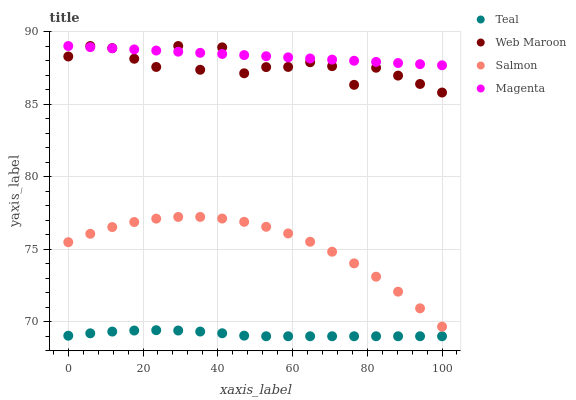
| xaxis_label | Teal | Web Maroon | Salmon | Magenta |
 | --- | --- | --- | --- | --- |
 | 0 | 69 | 88.3 | 75.5 | 89 |
 | 5.88 | 69.2 | 89 | 76.1 | 88.9 |
 | 11.8 | 69.3 | 88.9 | 76.5 | 88.8 |
 | 17.6 | 69.4 | 88.1 | 76.9 | 88.8 |
 | 23.5 | 69.4 | 87.6 | 77.1 | 88.7 |
 | 29.4 | 69.4 | 89 | 77.2 | 88.6 |
 | 35.3 | 69.3 | 87.4 | 77.2 | 88.5 |
 | 41.2 | 69.2 | 88.9 | 77.1 | 88.5 |
 | 47.1 | 69 | 87.1 | 76.9 | 88.4 |
 | 52.9 | 69 | 87.5 | 76.5 | 88.3 |
 | 58.8 | 69 | 87.6 | 76.1 | 88.2 |
 | 64.7 | 69 | 87.9 | 75.5 | 88.1 |
 | 70.6 | 69 | 87.6 | 74.8 | 88.1 |
 | 76.5 | 69 | 86.3 | 74 | 88 |
 | 82.4 | 69 | 87.5 | 73.1 | 87.9 |
 | 88.2 | 69 | 87 | 72.1 | 87.8 |
 | 94.1 | 69 | 86.4 | 70.9 | 87.8 |
 | 100 | 69 | 85.8 | 69.7 | 87.7 |